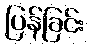
ပြန်ခြင်း